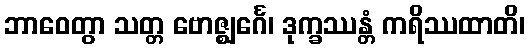
ဘာဝေတွာ သတ္တ ဗောဇ္ဈင်္ဂေ၊ ဒုက္ခဿန္တံ ကရိဿထာတိ၊